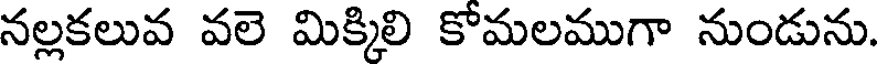
నల్లకలువ వలె మిక్కిలి కోమలముగా నుండును.